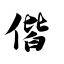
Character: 偕